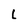
Character: L